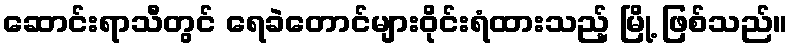
ဆောင်းရာသီတွင် ရေခဲတောင်များဝိုင်းရံထားသည့် မြို့ ဖြစ်သည်။